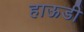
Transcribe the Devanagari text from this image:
हाऊडी